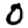
Digit: 0